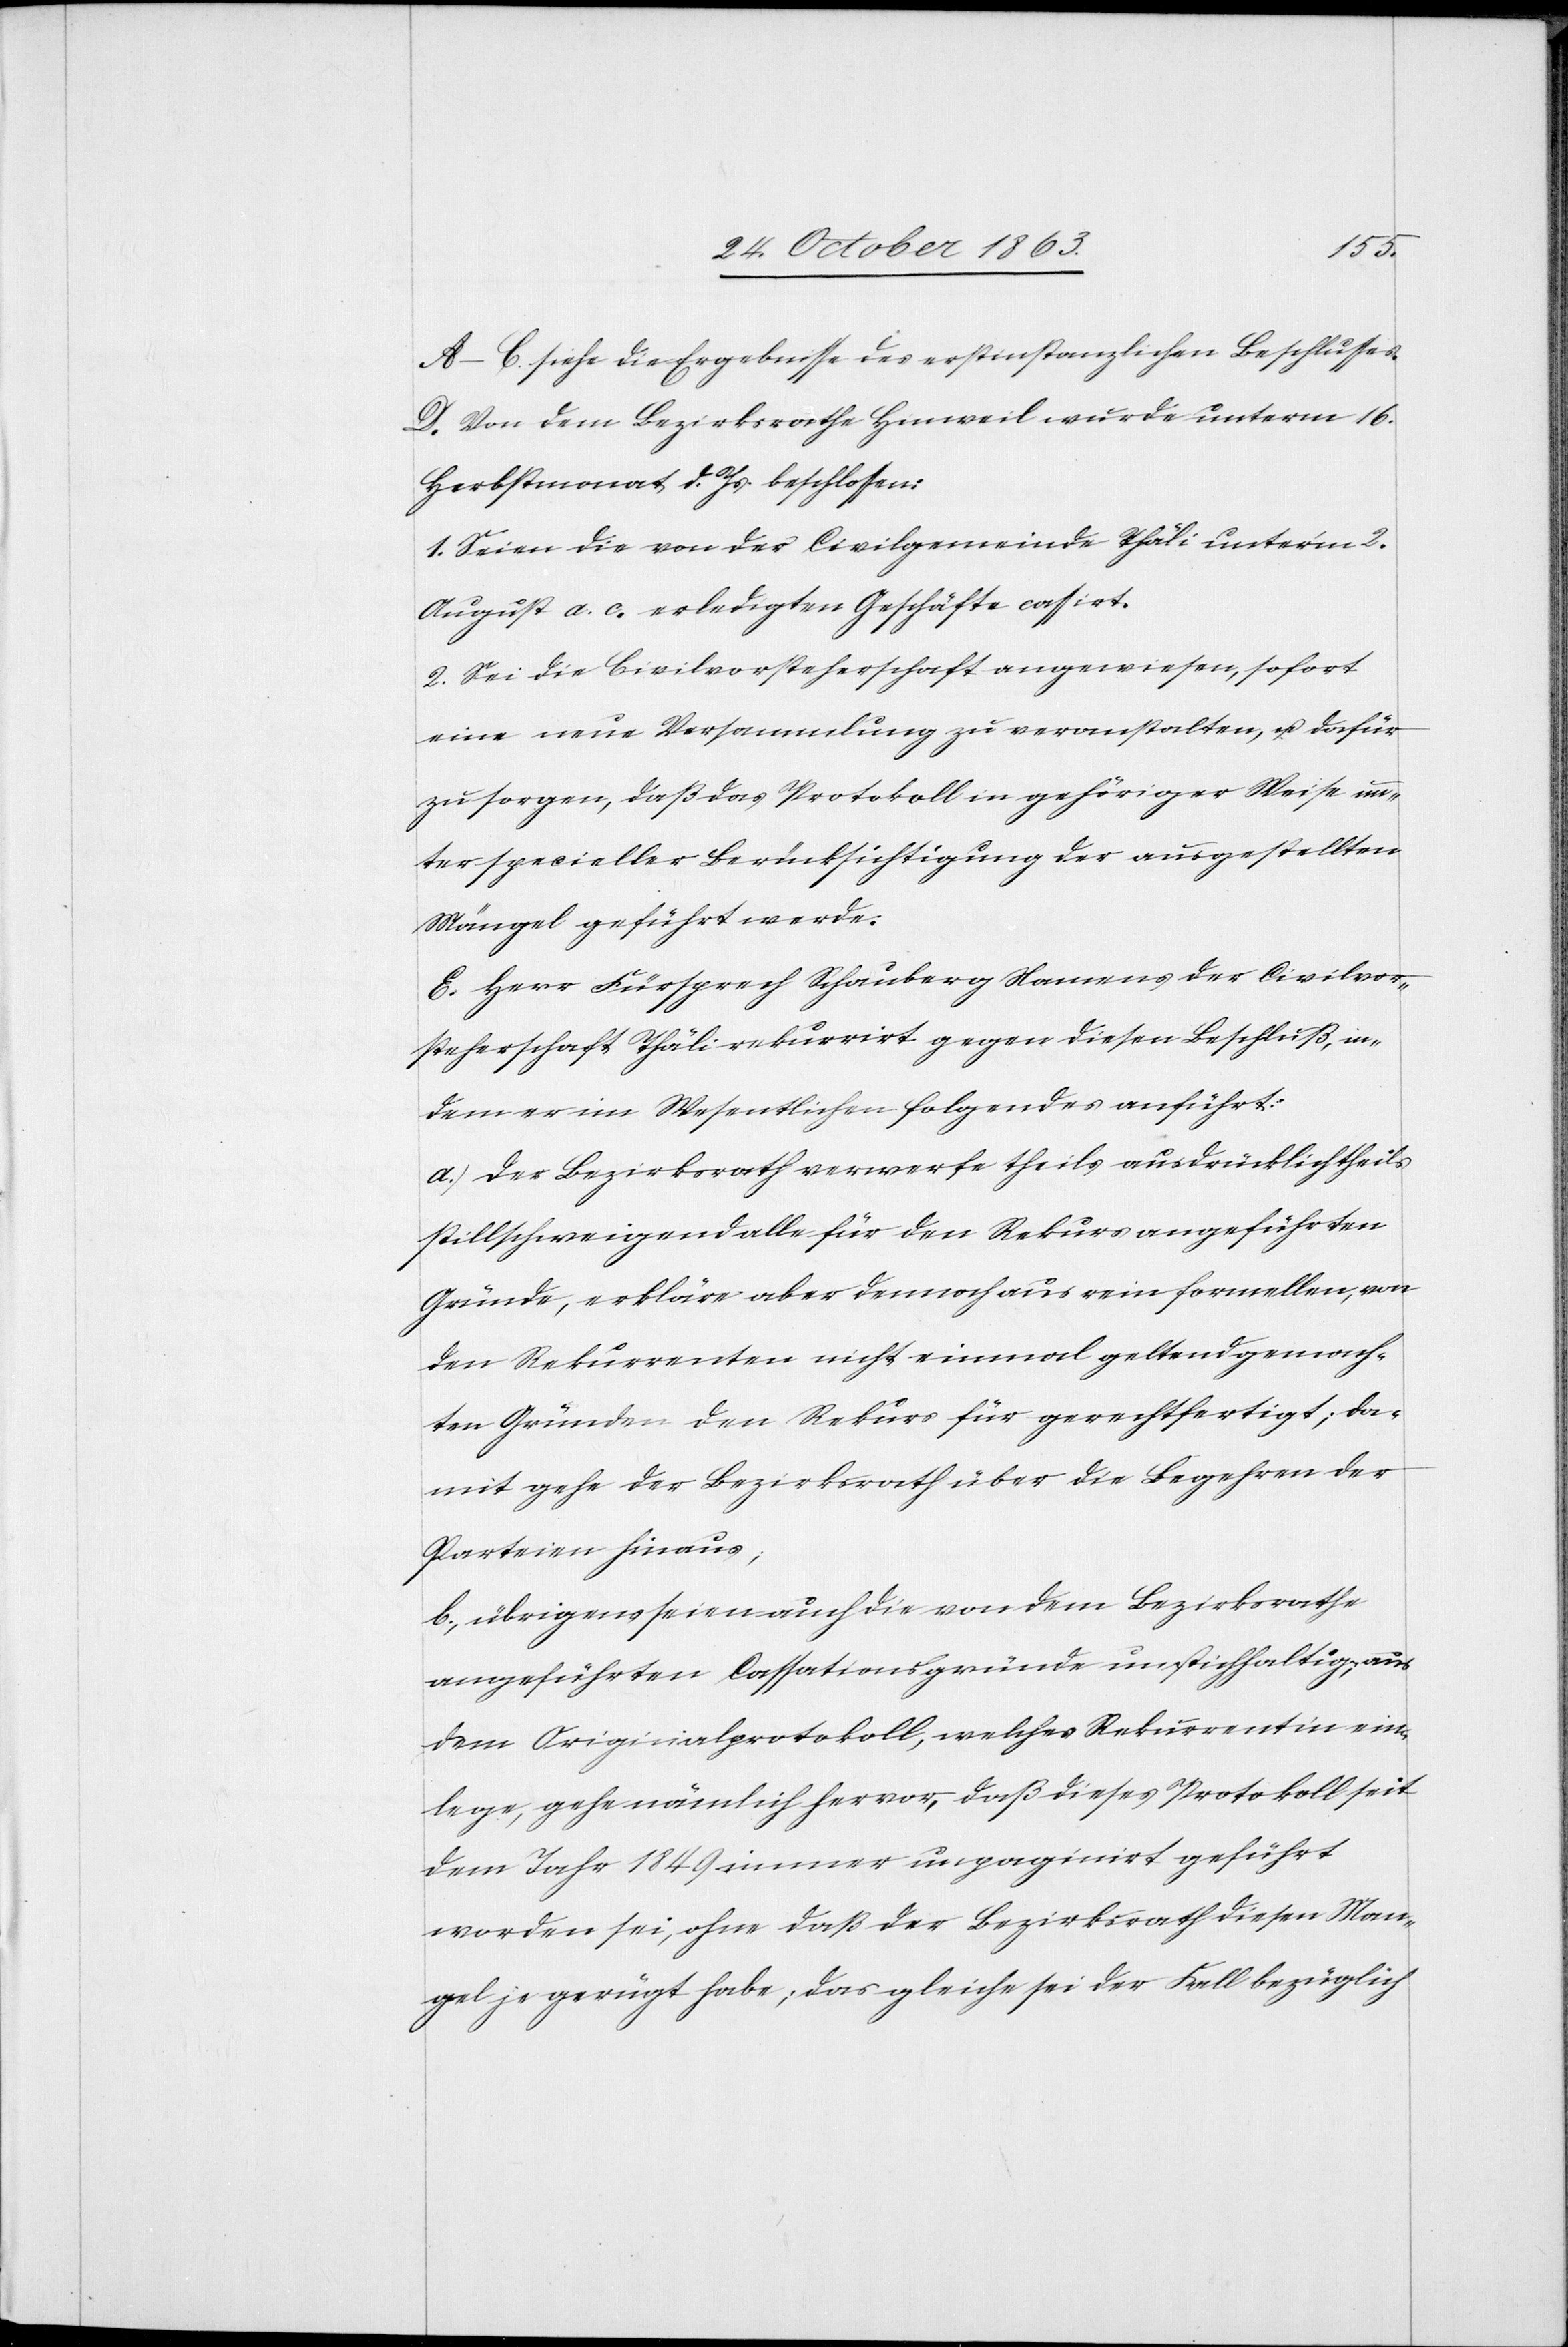
A–C. siehe die Ergebnisse des erstinstanzlichen Beschlusses.
D. Von dem Bezirksrathe Hinweil wurde unterm 16.
Herbstmonat d. Js. beschlossen:
1. Seien die von der Civilgemeinde Thäli unter'm 2.
August a. c. erledigten Geschäfte cassirt.
2. Sei die Civilvorsteherschaft angewiesen, sofort
eine neue Versammlung zu veranstalten, u. dafür
zu sorgen, daß das Protokoll in gehöriger Weise un¬
ter specieller Berücksichtigung der ausgestellten
Mängel geführt werde.
E. Herr Fürsprech Schauberg Namens der Civilvor¬
steherschaft Thäli rekurrirt gegen diesen Beschluß, in¬
dem er im Wesentlichen folgendes anführt:
a.) Der Bezirksrath verwerfe theils ausdrücklich theils
stillschweigend alle für den Rekurs angeführten
Gründe, erkläre aber dennoch aus rein formellen, von
den Rekurrenten nicht einmal geltend gemach¬
ten Gründen den Rekurs für gerechtfertigt; da¬
mit gehe der Bezirksrath über die Begehren der
Parteien hinaus;
b.) übrigens seien auch die von dem Bezirksrathe
angeführten Cassationsgründe unstichhaltig; aus
dem Originalprotokoll, welches Rekurrentin ein¬
lege, gehe nämlich hervor, daß dieses Protokoll seit
dem Jahr 1849 immer unpaginirt geführt
worden sei, ohne daß der Bezirksrath diesen Man¬
gel je gerügt habe; das gleiche sei der Fall bezüglich